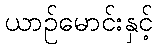
ယာဉ်မောင်းနှင့်